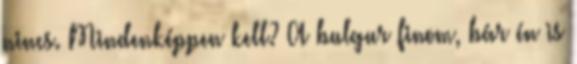
nincs. Mindenképpen kell? A bulgur finom, bár én is